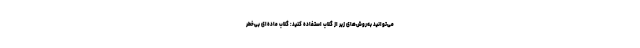
می‌توانید به‌روش‌های زیر از گلاب استفاده کنید: گلاب ماده‌ای بی‌خطر